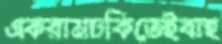
একরামচকিতেইবাহ